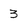
Character: 3